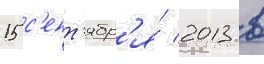
15 с'ент'ябр'я́ 2013 в